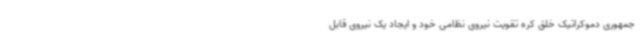
جمهوری دموکراتیک خلق کره تقویت نیروی نظامی خود و ایجاد یک نیروی قابل